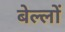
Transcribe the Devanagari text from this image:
बेल्लों